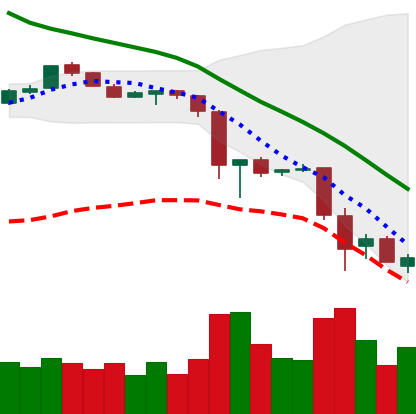
Ticker: EOS-USD
Chart end date: 2018-11-23
Forward return: -8.917%
Label: down_7plus